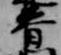
春